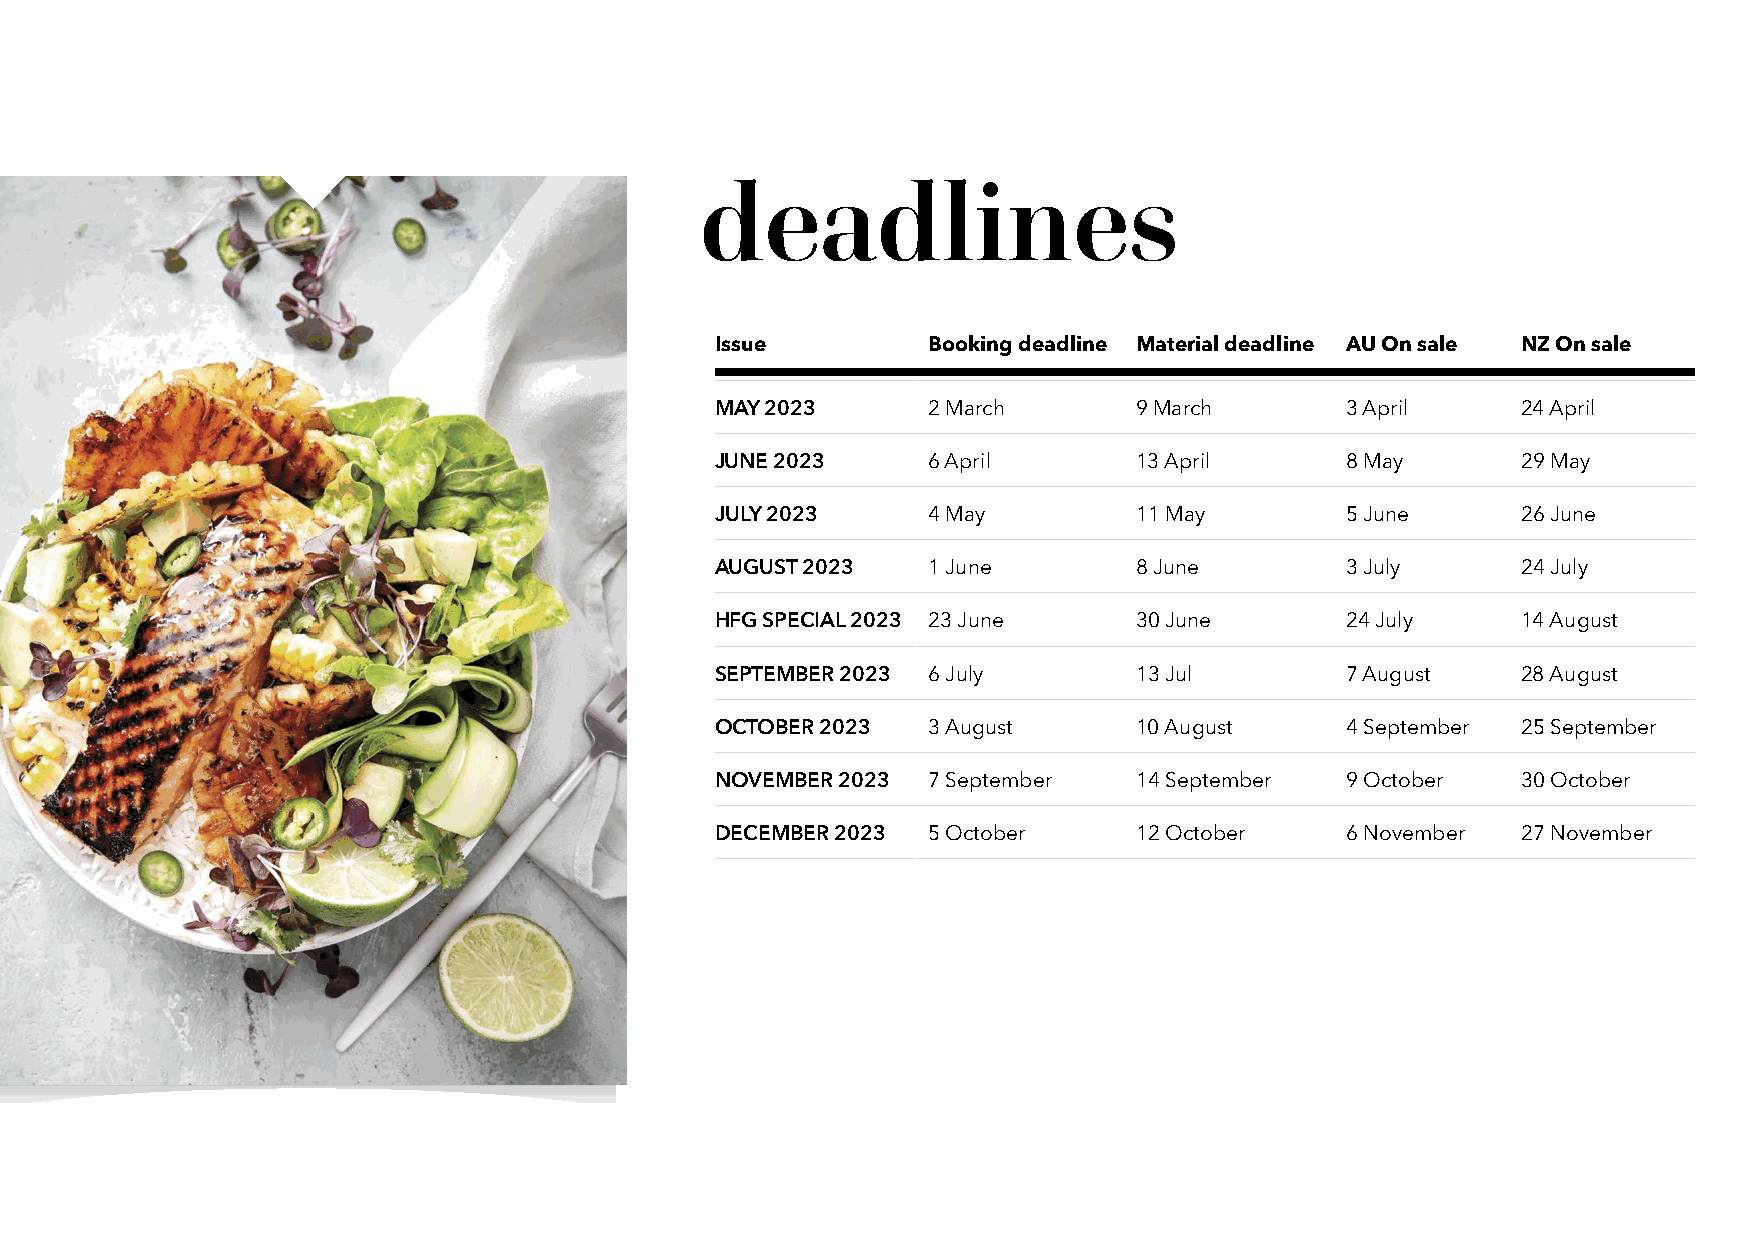
deadlines
 Issue         Booking deadline Material deadline AU On sale NZ On sale
 MAY 2023      2 March       9 March       3 April     24 April
 JUNE 2023     6 April       13 April      8 May       29 May
 JULY 2023     4 May         11 May        5 June      26 June
 AUGUST 2023   1 June        8 June        3 July      24 July
 HFG SPECIAL 2023 23 June    30 June       24 July     14 August
 SEPTEMBER 2023 6 July       13 Jul        7 August    28 August
 OCTOBER 2023  3 August      10 August     4 September 25 September
 NOVEMBER 2023 7 September   14 September  9 October   30 October
 DECEMBER 2023 5 October     12 October    6 November  27 November